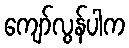
ကျော်လွန်ပါက